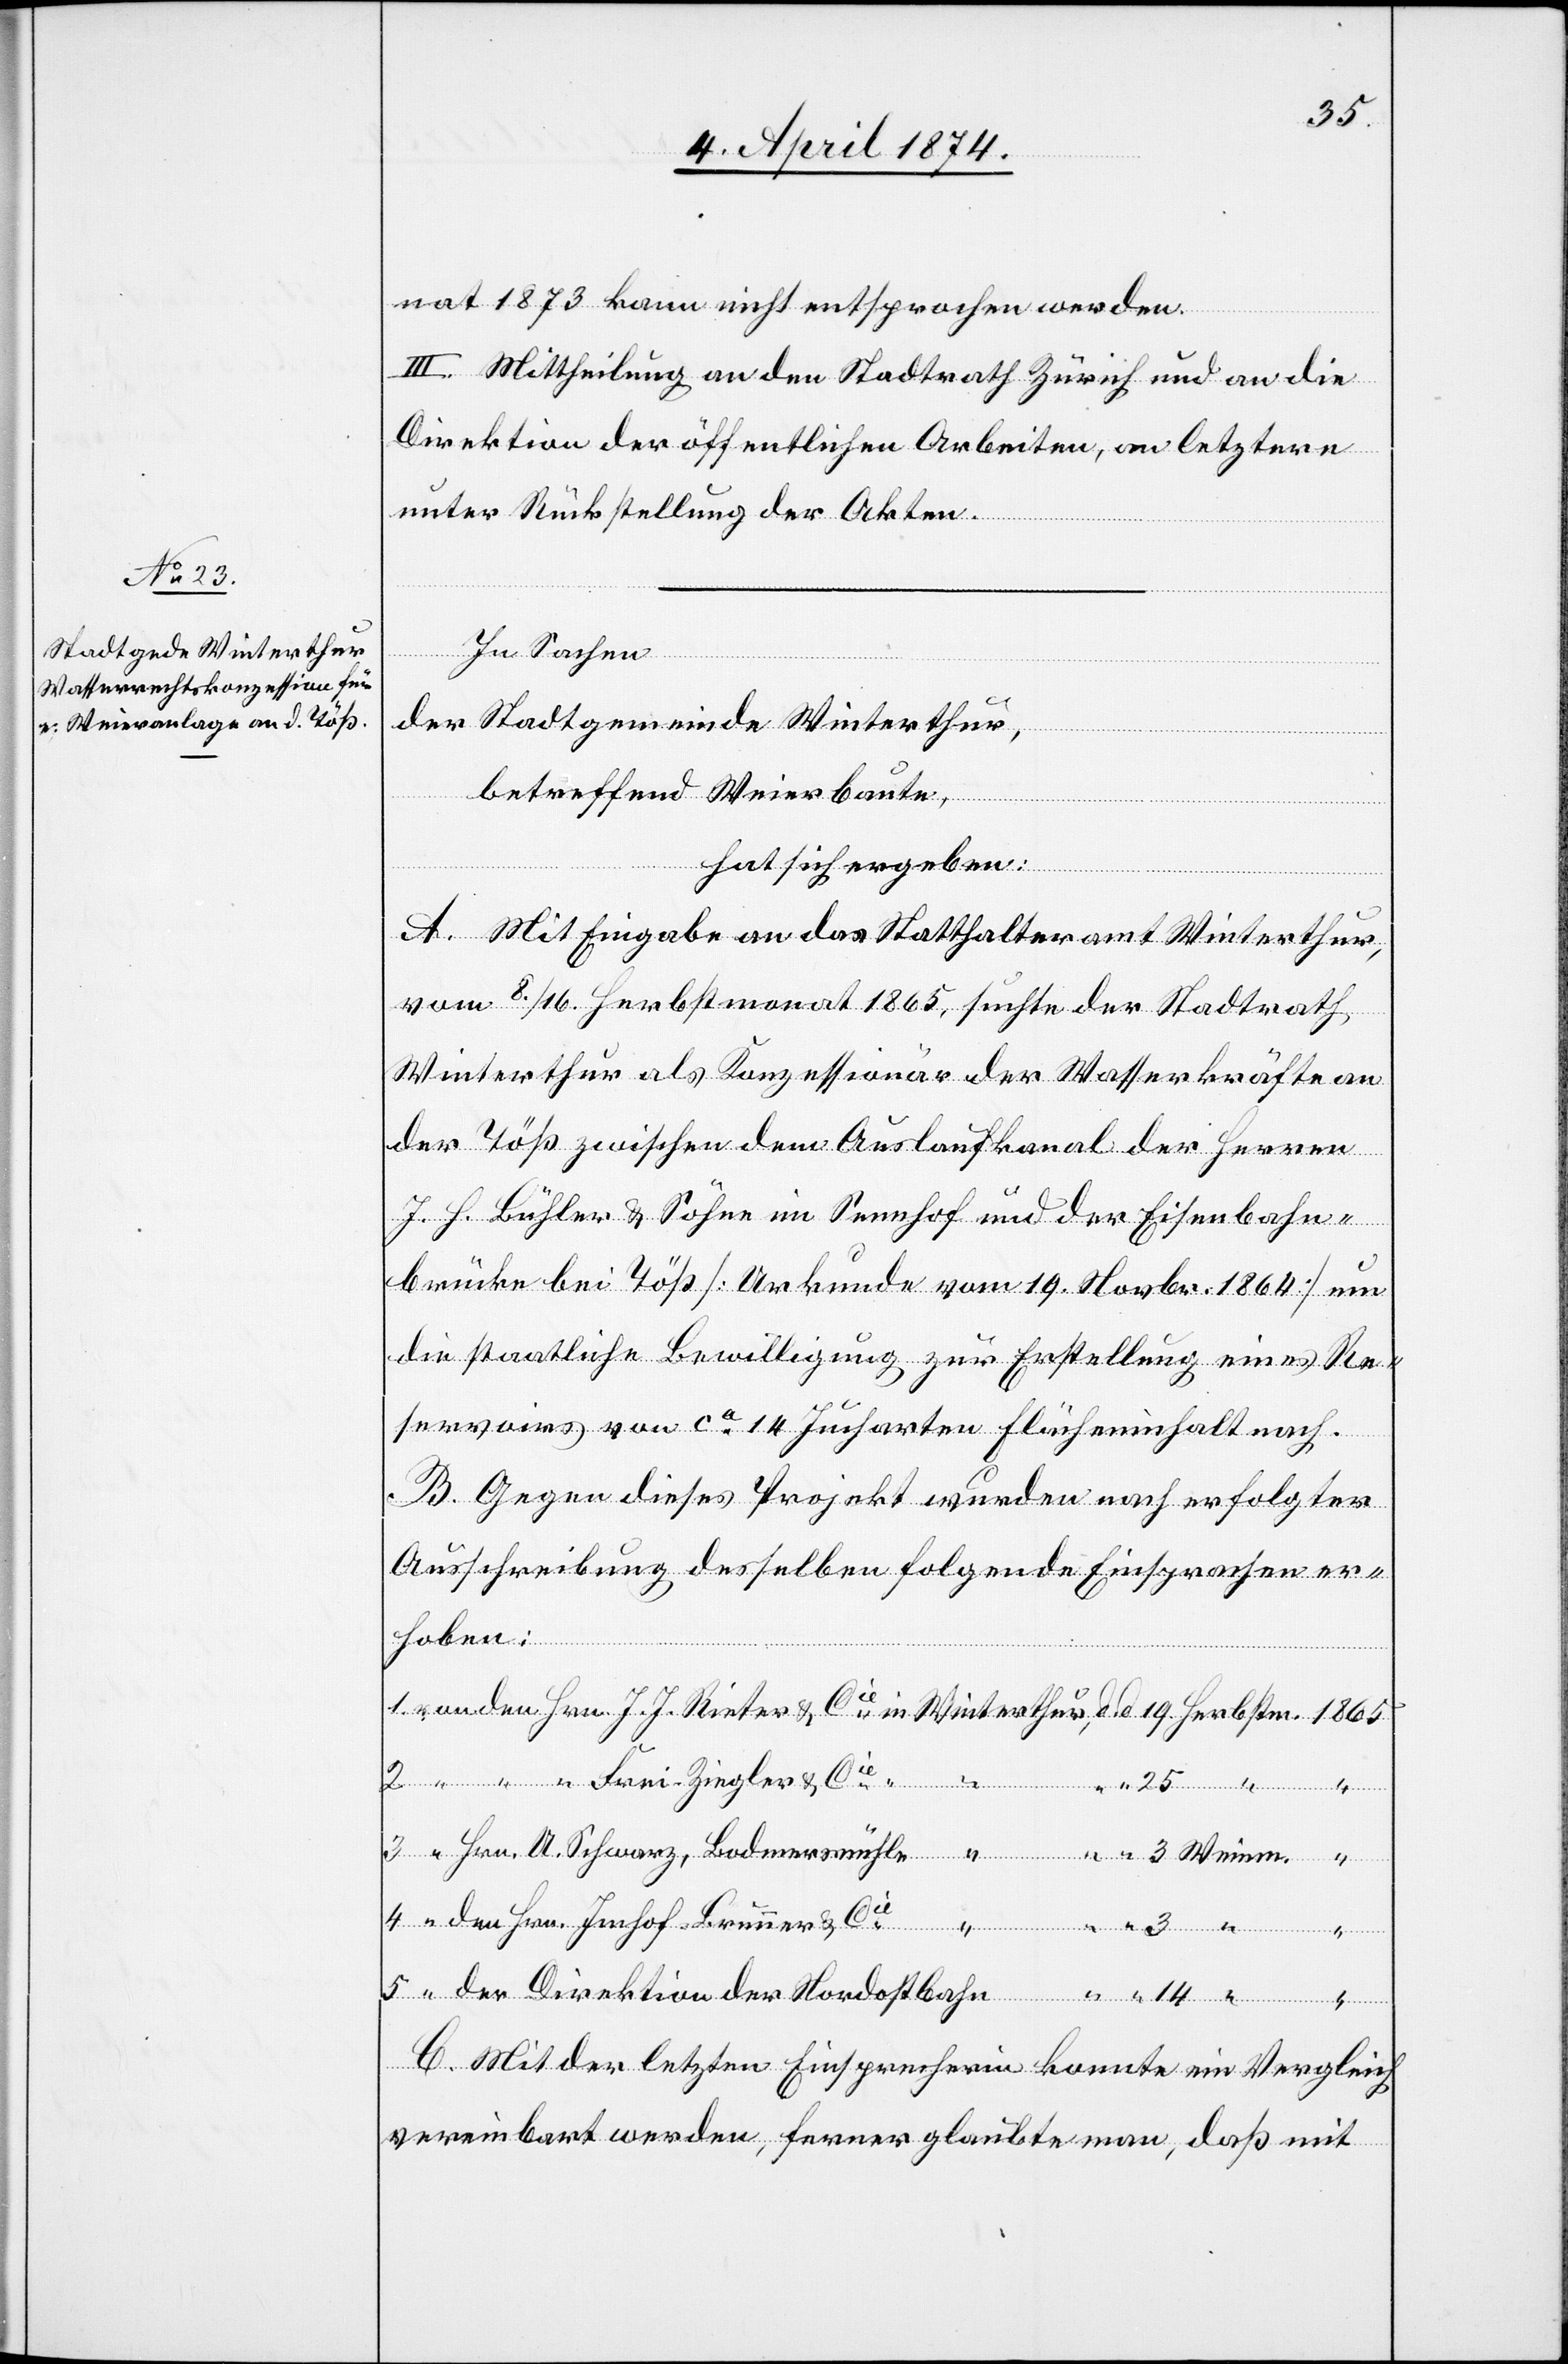
nat 1873 kann nicht entsprochen werden.
III. Mittheilung an den Stadtrath Zürich und an die
Direktion der öffentlichen Arbeiten, an letztere
unter Rückstellung der Akten.